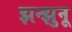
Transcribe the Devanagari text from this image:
झन्झुनू